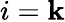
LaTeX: i=\mathbf{k}